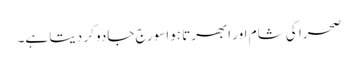
صحرا کی شام اور ابھرتا ہواسورج جادو کر دیتا ہے۔